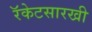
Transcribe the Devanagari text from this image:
रॅकेटसारखी